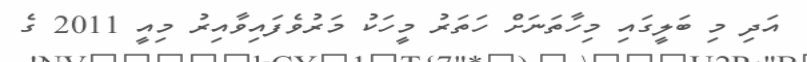
އަދި މި ބަލީގައި މިހާތަނަށް ހަތަރު މީހަކު މަރުވެފައިވާއިރު މިއީ 2011 ގެ